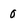
Character: 0